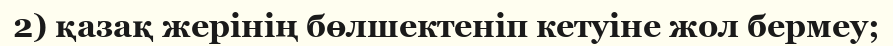
2) қазақ жерінің бөлшектеніп кетуіне жол бермеу;